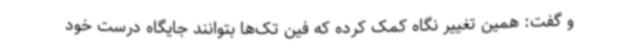
و گفت: همین تغییر نگاه کمک کرده که فین تک‌ها بتوانند جایگاه درست خود